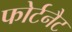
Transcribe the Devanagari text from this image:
फोर्टनैट